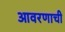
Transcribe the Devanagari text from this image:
आवरणाची